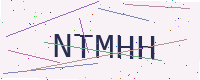
Text: NTMHH